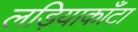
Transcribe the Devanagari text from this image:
लड़ियाकाँटा